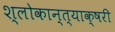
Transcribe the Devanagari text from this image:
श्लोकान्त्याक्षरी